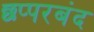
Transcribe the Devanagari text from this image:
छप्परबंद